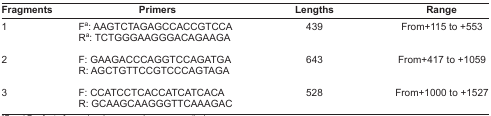
<table><thead><tr><td><b>Fragments</b></td><td><b>Primers</b></td><td><b>Lengths</b></td><td><b>Range</b></td></tr></thead><tbody><tr><td>1</td><td>Fa: AAGTCTAGAGCCACCGTCCARa: TCTGGGAAGGGACAGAAGA</td><td>439</td><td>From+115 to +553</td></tr><tr><td>2</td><td>F: GAAGACCCAGGTCCAGATGAR: AGCTGTTCCGTCCCAGTAGA</td><td>643</td><td>From+417 to +1059</td></tr><tr><td>3</td><td>F: CCATCCTCACCATCATCACAR: GCAAGCAAGGGTTCAAAGAC</td><td>528</td><td>From+1000 to +1527</td></tr></tbody></table>